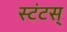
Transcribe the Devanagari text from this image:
स्टंटस्